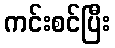
ကင်းစင်ပြီး